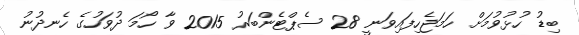
ބިޑު ހުޅުވުމަށް ހަމަޖެހިފައިވަނީ 28 ސެޕްޓެންބަރު 2015 ވާ ހޯމަ ދުވަހުގެ ހެނދުނު